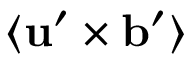
\langle { { \bf { u } } ^ { \prime } \times { \bf { b } } ^ { \prime } } \rangle